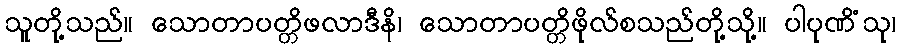
သူတို့သည်။ သောတာပတ္တိဖလာဒီနိ၊ သောတာပတ္တိဖိုလ်စသည်တို့သို့။ ပါပုဏိံသု၊